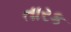
તારક